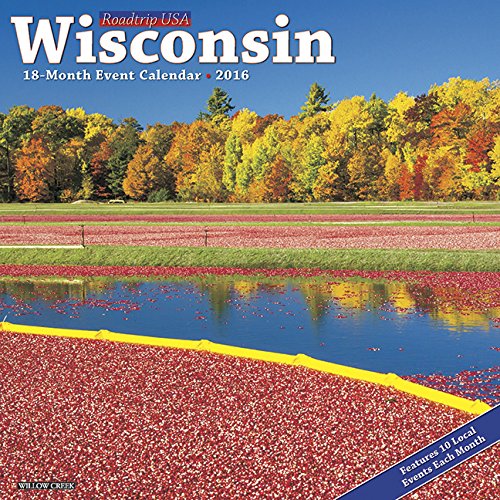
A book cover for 2016 Wisconsin Wall Calendar; Willow Creek Press; Travel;